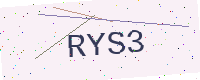
Text: RYS3